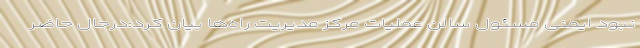
نبود ایمنی مسئول سالن عملیات مرکز مدیریت راه‌ها بیان کرد:‌درحال حاضر